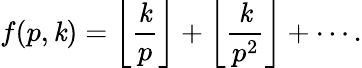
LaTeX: f(p,\mathit{k})=\left\lfloor{\frac{{\mathit{k}}}{{p}}}\right\rfloor+\left\lfloor{\frac{{\mathit{k}}}{{p^{2}}}}\right\rfloor+\cdots.